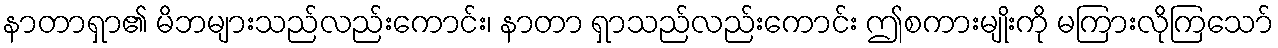
နာတာရှာ၏ မိဘများသည်လည်းကောင်း၊ နာတာ ရှာသည်လည်းကောင်း ဤစကားမျိုးကို မကြားလိုကြသော်